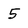
Character: 5